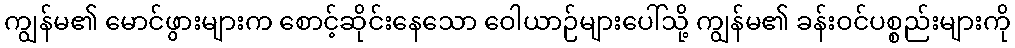
ကျွန်မ၏ မောင်ဖွားများက စောင့်ဆိုင်းနေသော ဝေါယာဉ်များပေါ်သို့ ကျွန်မ၏ ခန်းဝင်ပစ္စည်းများကို